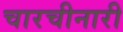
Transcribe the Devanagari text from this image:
चारचीनारी